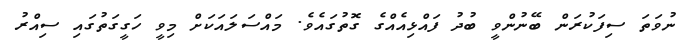
ނުވަތަ ސިފަކުރަން ބޭނުންވީ ބުދު ފައްޅިއެއްގެ ގޮތުގައެވެ. މައްސަލައަކަށް މިވީ ހަގީގަތުގައި ސިއްރު